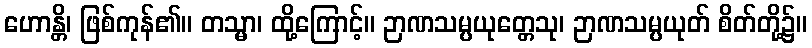
ဟောန္တိ၊ ဖြစ်ကုန်၏။ တသ္မာ၊ ထို့ကြောင့်။ ဉာဏသမ္ပယုတ္တေသု၊ ဉာဏသမ္ပယုတ် စိတ်တို့၌။